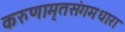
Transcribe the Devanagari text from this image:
करुणामृतसंगमधारा